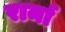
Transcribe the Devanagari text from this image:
रार्मा